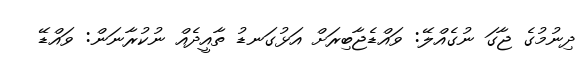
ދިނުމުގެ ޖާގަ ނުގެއްލޭ: ވައްޑެޖާބިރަށް އަޅުގަނޑު ތާއީދެއް ނުކުރާނަން: ވައްޑޭ